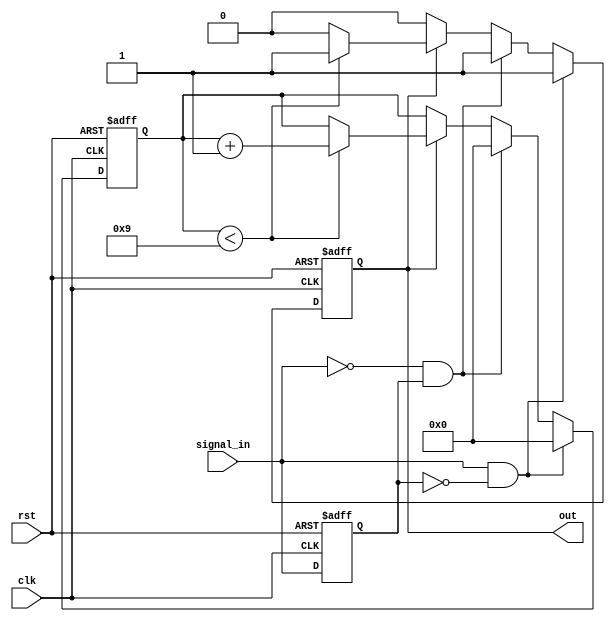
module MonostableEdgeDetector (
    input wire clk,           // Clock input
    input wire rst,           // Reset input
    input wire signal_in,     // Input signal to be monitored
    output reg out            // Output pulse
);

    // Parameters
    parameter PULSE_WIDTH = 10; // Pulse width in clock cycles

    // Internal signals
    reg signal_prev;           // Previous state of the input signal
    reg [3:0] pulse_counter;   // Counter for pulse width

    // Edge detection and pulse generation
    always @(posedge clk or posedge rst) begin
        if (rst) begin
            signal_prev <= 1'b0; // Initialize previous state
            out <= 1'b0;         // Initialize output
            pulse_counter <= 4'b0; // Reset pulse counter
        end else begin
            // Edge detection logic
            if (signal_in && !signal_prev) begin
                // Rising edge detected
                out <= 1'b1; // Generate pulse
                pulse_counter <= 4'b0; // Reset pulse counter
            end else if (!signal_in && signal_prev) begin
                // Falling edge detected
                out <= 1'b1; // Generate pulse
                pulse_counter <= 4'b0; // Reset pulse counter
            end else if (out) begin
                // If pulse is active, increment the counter
                if (pulse_counter < PULSE_WIDTH - 1) begin
                    pulse_counter <= pulse_counter + 1;
                end else begin
                    out <= 1'b0; // End pulse after specified width
                end
            end
            
            // Update previous state
            signal_prev <= signal_in;
        end
    end

endmodule